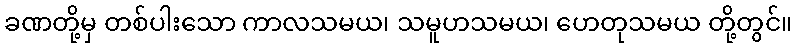
ခဏတို့မှ တစ်ပါးသော ကာလသမယ၊ သမူဟသမယ၊ ဟေတုသမယ တို့တွင်။